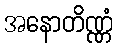
အနောတိဏ္ဏံ